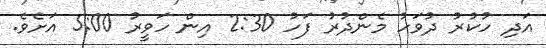
އަދި ހުކުރު ދުވަހު މެންދުރު ފަހު 2:30 އިން ހަވީރު 5:00 އަށެވެ.